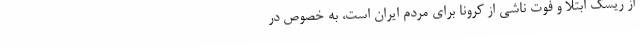
از ریسک ابتلا و فوت ناشی از کرونا برای مردم ایران است، به خصوص در